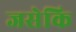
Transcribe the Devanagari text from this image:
जसेकि